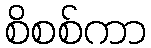
စိစစ်ကာ